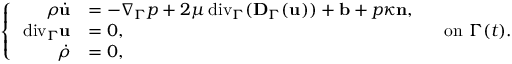
\left\{ \begin{array} { r l } { \rho \dot { \mathbf u } } & { = - \nabla _ { \Gamma } p + 2 \mu { \mathop { \, \mathrm { d i v } } } _ { \Gamma } ( \mathbf D _ { \Gamma } ( \mathbf u ) ) + \mathbf b + p \kappa \mathbf n , } \\ { { \mathop { \, \mathrm { d i v } } } _ { \Gamma } \mathbf u } & { = 0 , } \\ { \dot { \rho } } & { = 0 , } \end{array} \right. \quad \mathrm { o n } ~ \Gamma ( t ) .